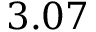
3 . 0 7